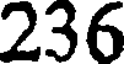
236